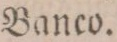
Banco.